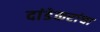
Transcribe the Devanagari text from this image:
दांडेकरांचा